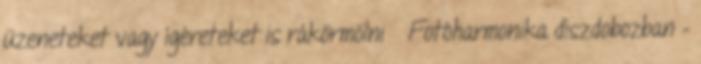
üzeneteket vagy ígéreteket is rákörmölni 😉 Fotóharmonika díszdobozban –